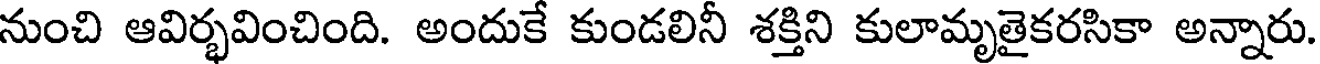
నుంచి ఆవిర్భవించింది. అందుకే కుండలినీ శక్తిని కులామృతైకరసికా అన్నారు